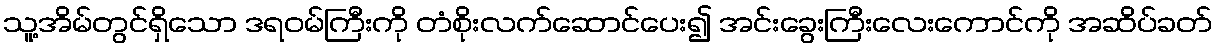
သူ့အိမ်တွင်ရှိသော ဒရဝမ်ကြီးကို တံစိုးလက်ဆောင်ပေး၍ အင်းခွေးကြီးလေးကောင်ကို အဆိပ်ခတ်